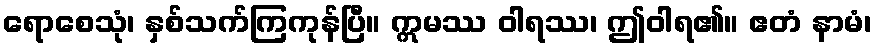
ရောစေသုံ၊ နှစ်သက်ကြကုန်ပြီ။ ဣမဿ ဝါရဿ၊ ဤဝါရ၏။ ဧတံ နာမံ၊